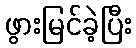
ဖွားမြင်ခဲ့ပြီး